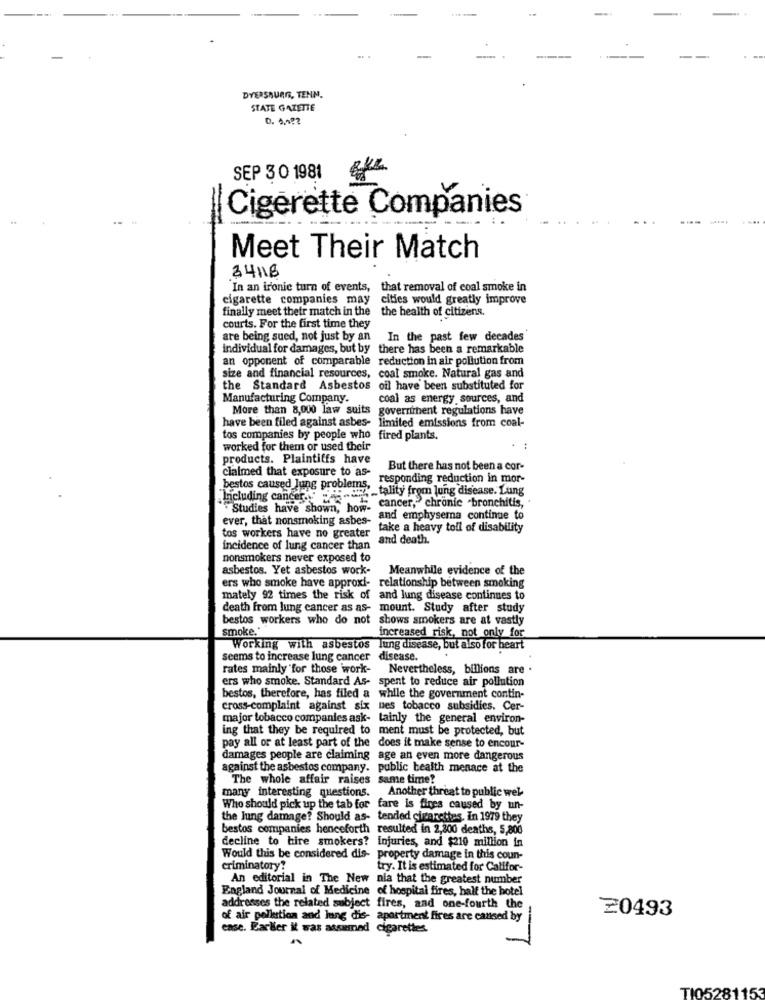
DYERSBURG, TENN.
STATE GAZETTE
SEP 3 0 1981
=
Cigerette Companies
Meet Their Match
34118
In an ironic turn of events, that removal of coal smoke in
cigarette companies may
cities would greatly improve
finally meet their match in the the health of citizens.
courts. For the first time they
are being sued, not just by an
In the past few decades
individual for damages, but by there has been a remarkable
an opponent of comparable reduction In air pollution from
size and financial resources, coal smoke. Natural gas and
the Standard Asbestos
oil have been substituted for
Manufacturing Company.
coal as energy sources, and
More than 8,000 law suits
government regulations have
have been filed against asbes-
limited emissions from coal-
tos companies by people who fired plants.
worked for them or used their
products. Plaintiffs have
claimed that exposure to as-
But there has not been a cor-
responding reduction in mor-
bestos caused Jung problems,
8%-tality from lung disease. Lung
Including cancer .. .
Studies have shown, how. cancer,"chronic -bronchitis,
ever, that nonsmoking asbes-
and emphysema continue to
take a heavy toll of disability
tos workers have no greater
and death.
incidence of lung cancer than
nonsmokers never exposed to
asbestos. Yet asbestos work-
Meanwhile evidence of the
ers who smoke have approxi- relationship between smoking
mately 92 times the risk of and lung disease continues to
death from lung cancer as as- mount. Study after study
bestos workers who do not
shows smokers are at vastly
smoke."
increased risk, not only for
Working with asbestos lung disease, but also for heart
seems to increase lung cancer
disease.
rates mainly for those work-
Nevertheless, billions are .
ers who smoke. Standard As- spent to reduce air pollution
bestos, therefore, has filed a while the government contin-
cross-complaint against six
ues tobacco subsidies. Cer-
major tobacco companies ask- tainly the general environ-
ing that they be required to ment must be protected, but
pay all or at least part of the does it make sense to encour-
damages people are claiming age an even more dangerous
against the asbestos company. public health menace at the
The whole affair raises same time?
Another threat to public wel-
many interesting questions.
Who should pick up the tab for fare is fires caused by un-
the Jung damage? Should as- tended cigarettes. In 1979 they
bestos companies henceforth resulted in 2,300 deaths, 5,800
decline to hire smokers? injuries, and $210 million in
Would this be considered dis- property damage in this coun-
criminatory?
try. It is estimated for Califor-
An editorial in The New nia that the greatest number
England Journal of Medicine of hospital fires, half the hotel
addresses the related subject fires, and one-fourth the
≥0493
of air pollution and lung dis- apartment fires are caused by
ense. Earlier it was assumed cigarettes.
---
TI0528